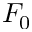
F _ { 0 }